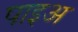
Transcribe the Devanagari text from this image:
पाइअ